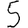
Digit: 5